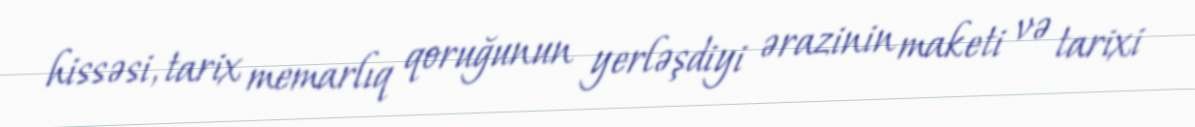
hissəsi, tarix memarlıq qoruğunun yerləşdiyi ərazinin maketi və tarixi